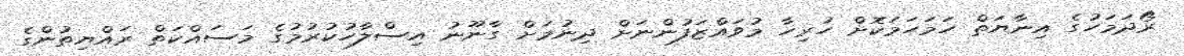
ރޯދަމަހުގެ އިނާޔަތް ހަމަހަމަކޮށް ހުރިހާ މުވައްޒަފުންނަށް ދިނުމަށް ގާނޫނު އިސްލާހުކުރުމުގެ މަސައްކަތް ރައްޔިތުންގެ